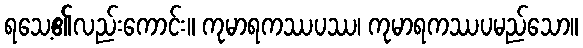
ရသေ့၏လည်းကောင်း။ ကုမာရကဿပဿ၊ ကုမာရကဿပမည်သော။